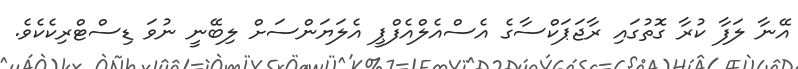
އޭނާ ލަފާ ކުރާ ގޮތުގައި ރާޖަޕަކްސާގެ އެސްއެލްއެފްޕީ އެލަޔަންސަށް ލިބޭނީ ނުވަ ޑިސްޓްރިކެކެވެ.